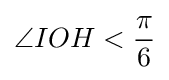
\angle IOH<{\frac {\pi }{6}}